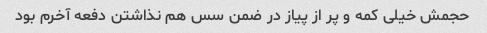
حجمش خیلی کمه و پر از پیاز در ضمن سس هم نذاشتن دفعه آخرم بود